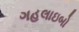
ગહલાઇબો